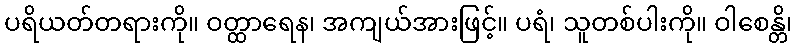
ပရိယတ်တရားကို။ ဝတ္ထာရေန၊ အကျယ်အားဖြင့်။ ပရံ၊ သူတစ်ပါးကို။ ဝါစေန္တိ၊